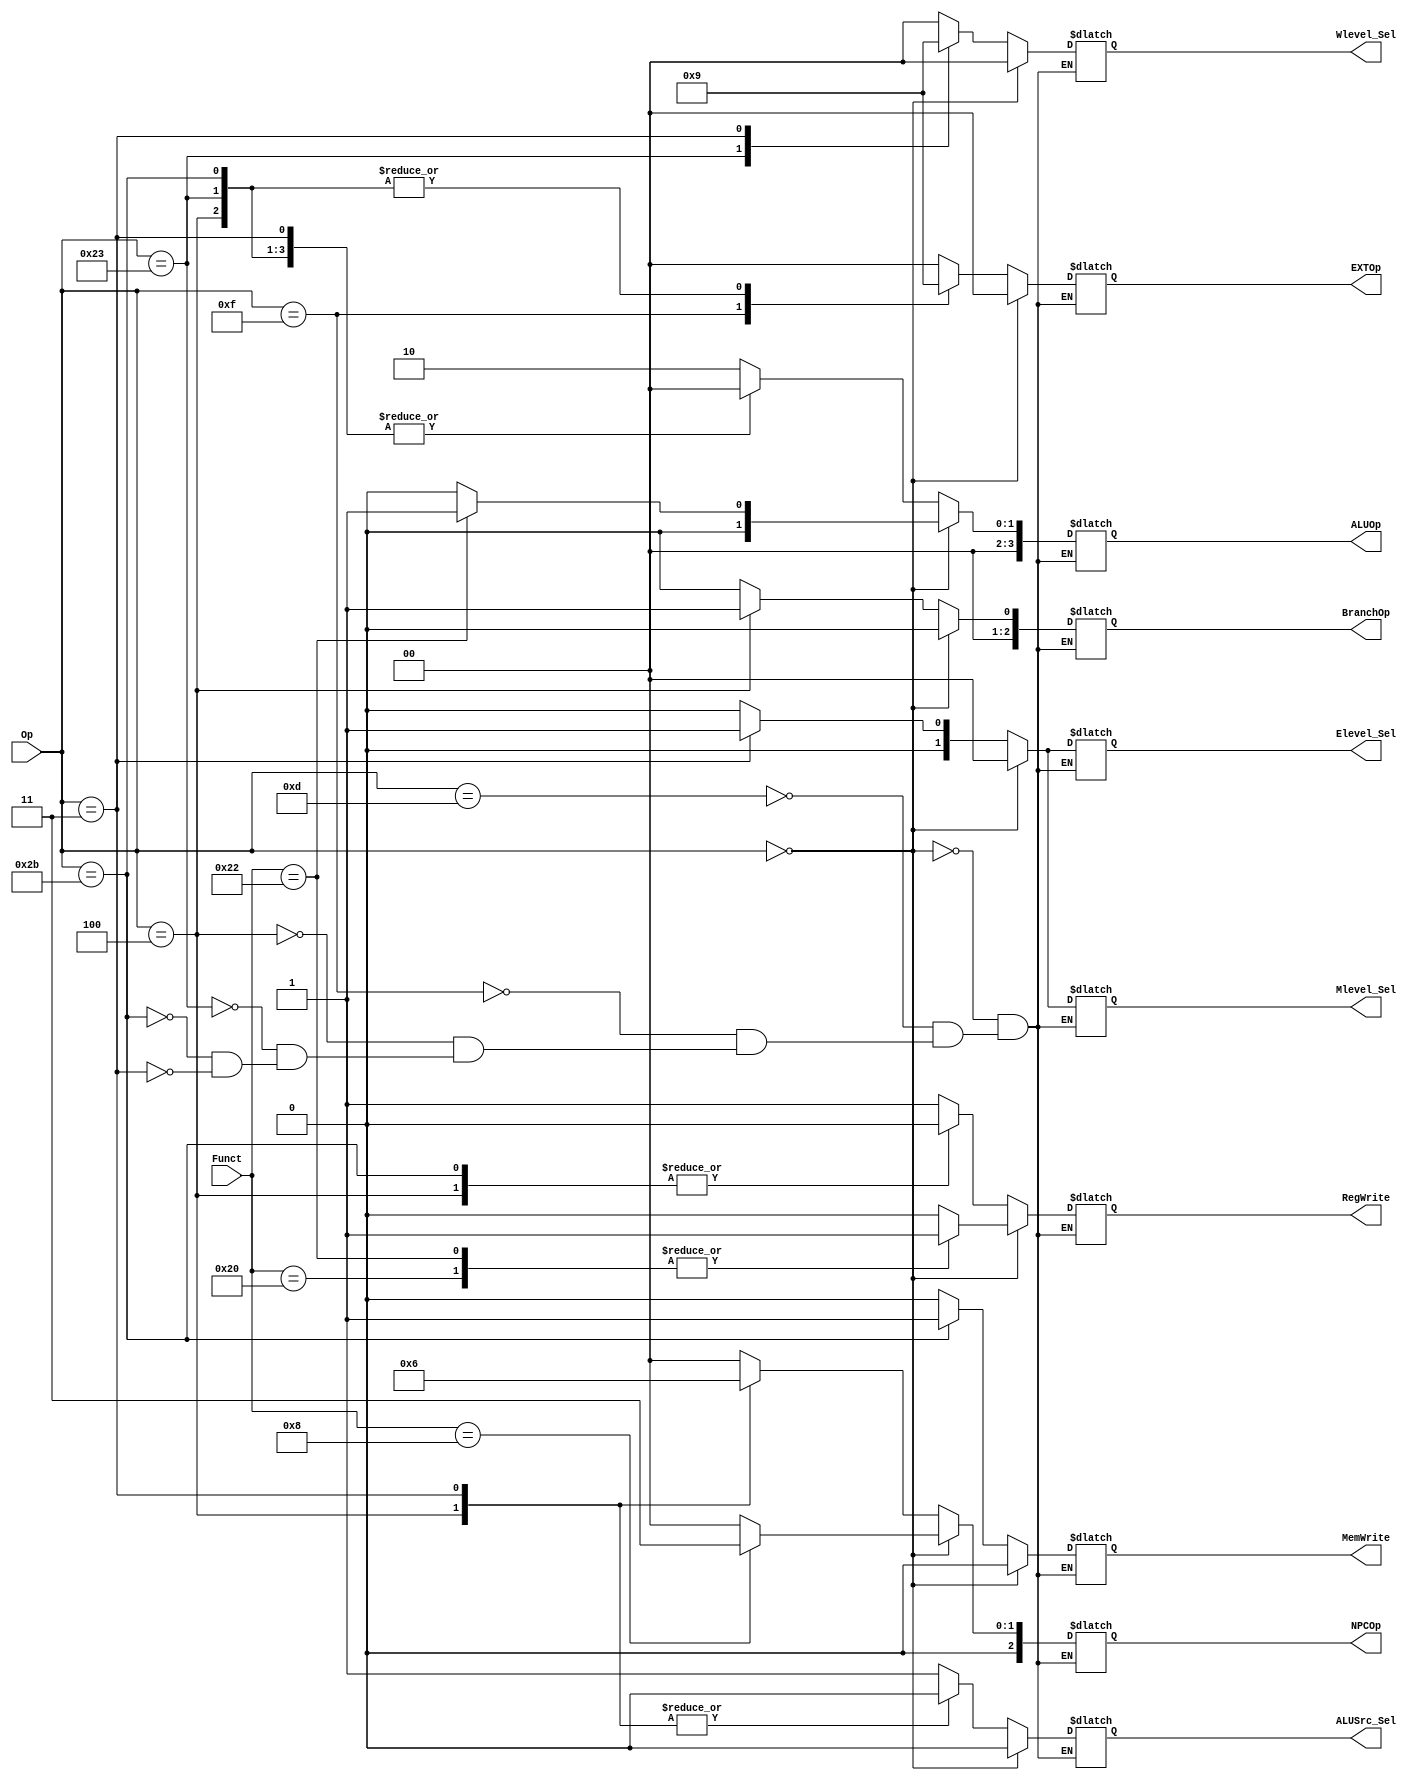
`timescale 1ns / 1ps

//--------//

`define R_Type 6'b000000

//StatementRFunctROp

//----cal_r----//    `timescale 1ns / 1ps

//--------//

`define R_Type 6'b000000

//StatementRFunctROp

//----cal_r----//          
`define add_Funct 6'b100000
`define sub_Funct 6'b100010

//----cal_i----//     
`define ori_Op 6'b001101

//----lui----//
`define lui_Op 6'b001111

//----branch----//
`define beq_Op 6'b000100

//----load-----//           
`define lw_Op  6'b100011

//----store----//
`define sw_Op  6'b101011

//----jumplink----//
`define jal_Op 6'b000011   

//----jumpreg----//
`define jr_Funct  6'b001000

module Main_CU(
    input [5:0] Op,
    input [5:0] Funct,

    //--------//
    output reg MemWrite,
    output reg RegWrite,

    //---------//
    output reg [3:0] ALUOp,
    output reg [1:0] EXTOp,
    output reg [2:0] NPCOp,
	 output reg [2:0] BranchOp,	//use for cmp

    //----MUX-----//
    output reg ALUSrc_Sel,		       //RF_RD2--->ALU_SrcB
	 output reg [1:0] Elevel_Sel,		
    output reg [1:0] Mlevel_Sel,
    output reg [1:0] Wlevel_Sel
);

  always @(*) begin
    if(Op==`R_Type)begin     //R_Type Instruction
        case(Funct)
            `add_Funct:begin
                //
                MemWrite<=0;
                RegWrite<=1;
                //
                ALUOp<=3'b000;
                EXTOp<=2'b00;
                NPCOp<=3'b000;
					 BranchOp<=3'b000;
                //
                ALUSrc_Sel<=0;
					 Elevel_Sel<=2'b00;
                Mlevel_Sel<=2'b00;
                Wlevel_Sel<=2'b00;
            end

            `sub_Funct:begin
                //
                MemWrite<=0;
                RegWrite<=1;
                //
                ALUOp<=3'b001;
                EXTOp<=2'b00;
                NPCOp<=3'b000;
					 BranchOp<=3'b000;
                //
                ALUSrc_Sel<=0;
					 Elevel_Sel<=2'b00;
                Mlevel_Sel<=2'b00;
                Wlevel_Sel<=2'b00;
            end

            `jr_Funct:begin
                //
                MemWrite<=0;
                RegWrite<=0;
                //
                ALUOp<=3'b000;
                EXTOp<=2'b00;
                NPCOp<=3'b011;
					 BranchOp<=3'b000;
                //
                ALUSrc_Sel<=0;
					 Elevel_Sel<=2'b00;
                Mlevel_Sel<=2'b00;
                Wlevel_Sel<=2'b00;
            end
				default:begin
                MemWrite<=0;
                RegWrite<=0;
                //
                ALUOp<=3'b000;
                EXTOp<=2'b00;
                NPCOp<=3'b000;
					 BranchOp<=3'b000;
                //
                ALUSrc_Sel<=0;
					 Elevel_Sel<=2'b00;
                Mlevel_Sel<=2'b00;
                Wlevel_Sel<=2'b00;				
				end
        endcase
    end

    else begin              //non-R_Type Instruction
        case(Op)
            `ori_Op:begin
                //
                MemWrite<=0;
                RegWrite<=1;
                //
                ALUOp<=3'b010;
                EXTOp<=2'b00;       //
                NPCOp<=3'b000;
					 BranchOp<=3'b000;
                //
                ALUSrc_Sel<=1;      //
					 Elevel_Sel<=2'b00;
                Mlevel_Sel<=2'b00;
                Wlevel_Sel<=2'b00;

            end

            `lui_Op: begin
                //
                MemWrite<=0;
                RegWrite<=1;
                //
                ALUOp<=3'b000;
                EXTOp<=2'b10;       //lui
                NPCOp<=3'b000;
					 BranchOp<=3'b000;
                //
                ALUSrc_Sel<=1;      //
					 Elevel_Sel<=2'b00;
                Mlevel_Sel<=2'b00;
                Wlevel_Sel<=2'b00;
            end

            `beq_Op: begin             //b_typeALUCMP
                //
                MemWrite<=0;
                RegWrite<=0;
                //
                ALUOp<=3'b000;      //
                EXTOp<=2'b01;       //
                NPCOp<=3'b001;      //branch
					 BranchOp<=3'b001;
                //
                ALUSrc_Sel<=0;    
					 Elevel_Sel<=2'b00;
                Mlevel_Sel<=2'b00;
                Wlevel_Sel<=2'b00;
            end
				
            `lw_Op: begin
                //
                MemWrite<=0;
                RegWrite<=1;
                //
                ALUOp<=3'b000;      //
                EXTOp<=2'b01;       //
                NPCOp<=3'b000;      
					 BranchOp<=3'b000;
                //
                ALUSrc_Sel<=1;      //
					 Elevel_Sel<=2'b00;
                Mlevel_Sel<=2'b00;
                Wlevel_Sel<=2'b10;
            end

            `sw_Op: begin
                //
                MemWrite<=1;
                RegWrite<=0;
                //
                ALUOp<=3'b000;      //
                EXTOp<=2'b01;       //
                NPCOp<=3'b000;   
					 BranchOp<=3'b000;					 
                //
                ALUSrc_Sel<=1;      //
					 Elevel_Sel<=2'b00;
                Mlevel_Sel<=2'b00;
                Wlevel_Sel<=2'b00;
            end

            `jal_Op: begin
                //
                MemWrite<=0;
                RegWrite<=1;
                //
                ALUOp<=3'b000;      
                EXTOp<=2'b00;       
                NPCOp<=3'b010;   
					 BranchOp<=3'b000;					 
                //
                ALUSrc_Sel<=0;   
					 Elevel_Sel<=2'b01;
                Mlevel_Sel<=2'b01;
                Wlevel_Sel<=2'b01;  
            end
        endcase
    end
  end

endmodule